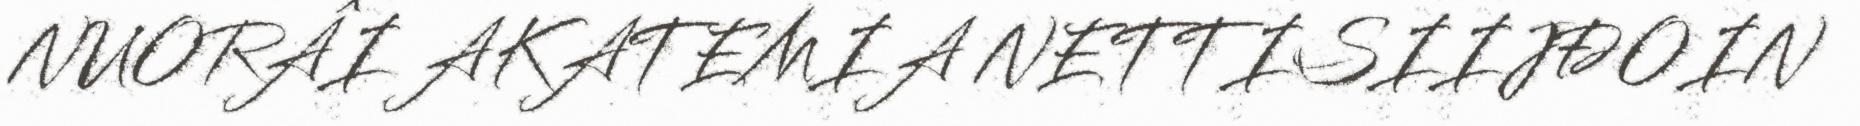
NUORÂI AKATEMIA NETTISIIJĐOIN